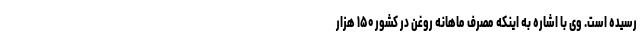
رسیده است. وی با اشاره به اینکه مصرف ماهانه روغن در کشور ۱۵۰ هزار